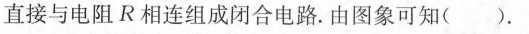
直接与电阻R相连组成闭合电路。由图象可知( )。